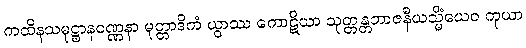
ကထိနသမုဋ္ဌာနဝဏ္ဏနာ မုတ္တာဒိကံ ယွာဿ ကောဋိယာ သုတ္တန္တဘာဇနီယသ္မိံယေဝ ကုယာ